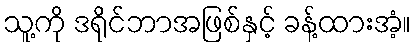
သူ့ကို ဒရိုင်ဘာအဖြစ်နှင့် ခန့်ထားအံ့။